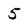
Character: 5